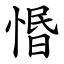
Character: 惽